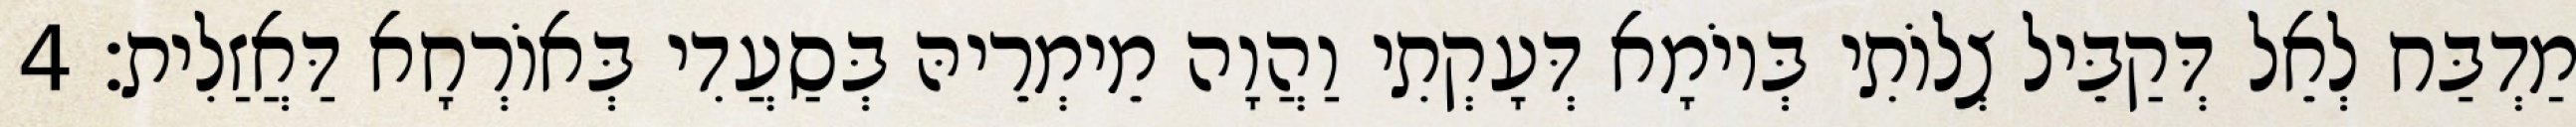
מַדְבַּח לְאֵל דְּקַבֵּיל צְלוֹתִי בְּיוֹמָא דְּעָקְתִי וַהֲוָה מֵימְרֵיהּ בְּסַעֲדִי בְּאוֹרְחָא דַּאֲזַלִית׃ 4